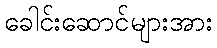
ခေါင်းဆောင်များအား